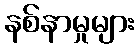
နစ်နာမှုများ